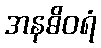
အနဓိဝရံ